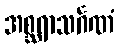
အစ္ဆရာသင်္ဂဏံ